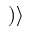
) \rangle